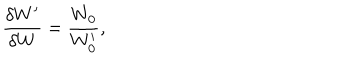
LaTeX: \frac { \delta W ^ { \prime } } { \delta W } = \frac { W _ { 0 } } { W _ { 0 } ^ { \prime } } ,